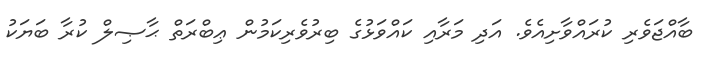
ބާއްޖަވެރި ކުރައްވާށިއެވެ. އަދި މަރާއި ކައްވަޅުގެ ބިރުވެރިކަމުން ޢިބްރަތް ޙާޞިލް ކުރާ ބަޔަކު